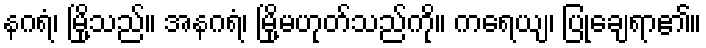
နဂရံ၊ မြို့သည်။ အနဂရံ၊ မြို့မဟုတ်သည်ကို။ ကရေယျ၊ ပြုချေရာ၏။